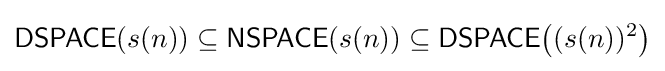
{\mathsf {DSPACE}}(s(n))\subseteq {\mathsf {NSPACE}}(s(n))\subseteq {\mathsf {DSPACE}}{\bigl (}(s(n))^{2}{\bigr )}